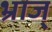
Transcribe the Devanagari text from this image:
भ्राज्